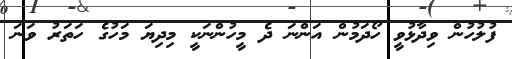
ފުލުހުން ވިދާޅުވީ ހޯދަމުން އަންނަ ދެ މީހުންނަކީ މިދިޔަ މަހުގެ ހަތަރު ވަނަ